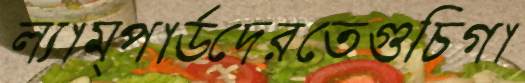
ল্যাম্পার্ডদেরতেগুচিগা